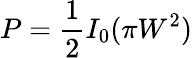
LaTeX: P=\frac{1}{2}I_{0}(\pi W^{2})